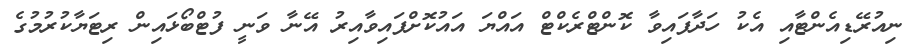
ނިއުރޭޑިއެންޓާއި އެކު ހަދާފައިވާ ކޮންޓްރެކްޓް އައްޔަ އައުކޮށްފައިވާއިރު އޭނާ ވަނީ ފުޓްބޯޅައިން ރިޓަޔާކުރުމުގެ